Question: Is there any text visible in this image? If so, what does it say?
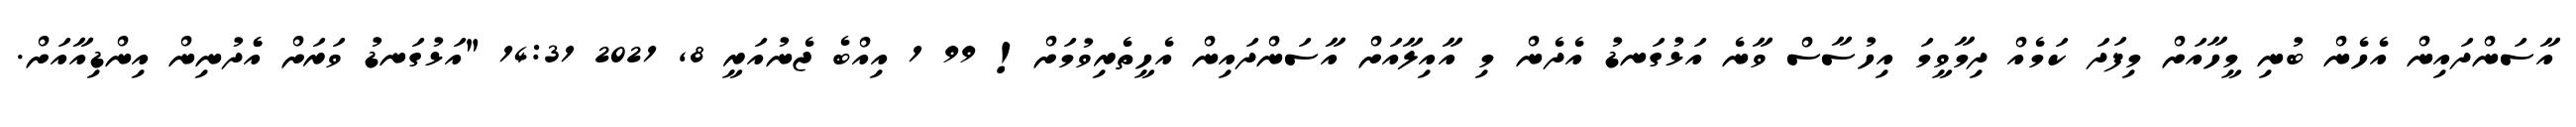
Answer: އާސަންދައިން އެހެން ބުނި މީހާއަށް މިފަދަ ކަމެއް ދިމާވީމަ އިހުސާސް ވާނެ އަޅުގަނޑު އެދެން މި އާއިލާއަށް އާސަންދައިން އެހީތެރިވުމަށް! 99 1 އިއްބެ ޖެނުއަރީ 8, 2021 14:31 "އަޅުގަނޑު ވަރަށް އެެދުނިން އިންޑިއާއަށް.